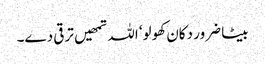
بیٹا ضرور دکان کھولو‘ اللہ تمھیں ترقی دے۔